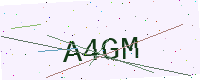
Text: A4GM